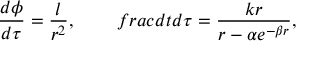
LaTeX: \frac { d \phi } { d \tau } = \frac { l } { r ^ { 2 } } , \ \ \ \ \ \ \, f r a c { d t } { d \tau } = \frac { k r } { r - \alpha e ^ { - \beta r } } ,